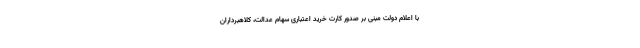
با اعلام دولت مبنی بر صدور کارت خرید اعتباری سهام عدالت، کلاهبرداران